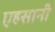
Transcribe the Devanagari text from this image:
एहसानी